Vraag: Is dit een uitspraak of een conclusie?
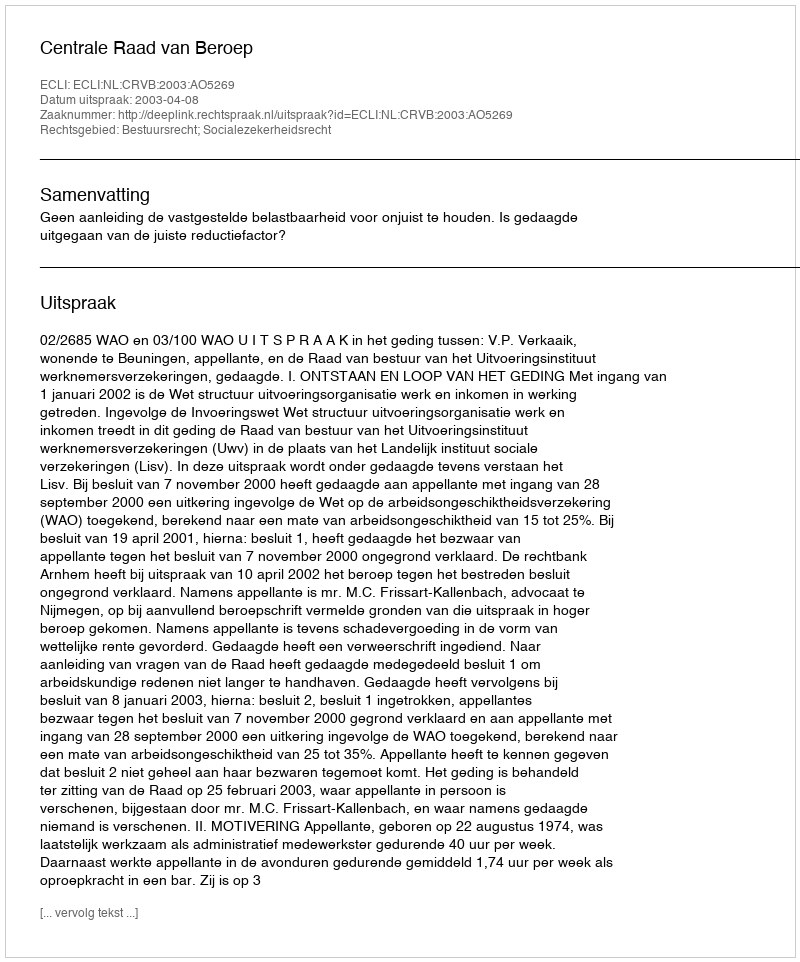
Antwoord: Uitspraak